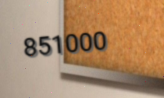
851000